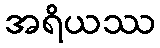
အရိယဿ